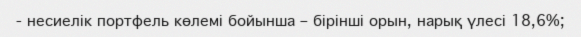
- несиелік портфель көлемі бойынша – бірінші орын, нарық үлесі 18,6%;